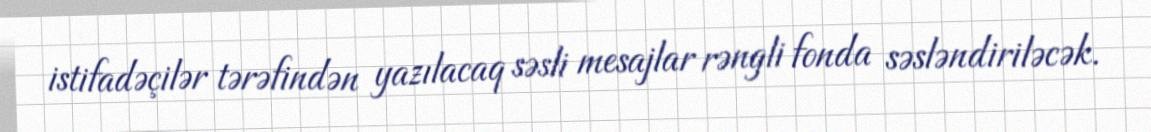
istifadəçilər tərəfindən yazılacaq səsli mesajlar rəngli fonda səsləndiriləcək.